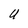
Character: U